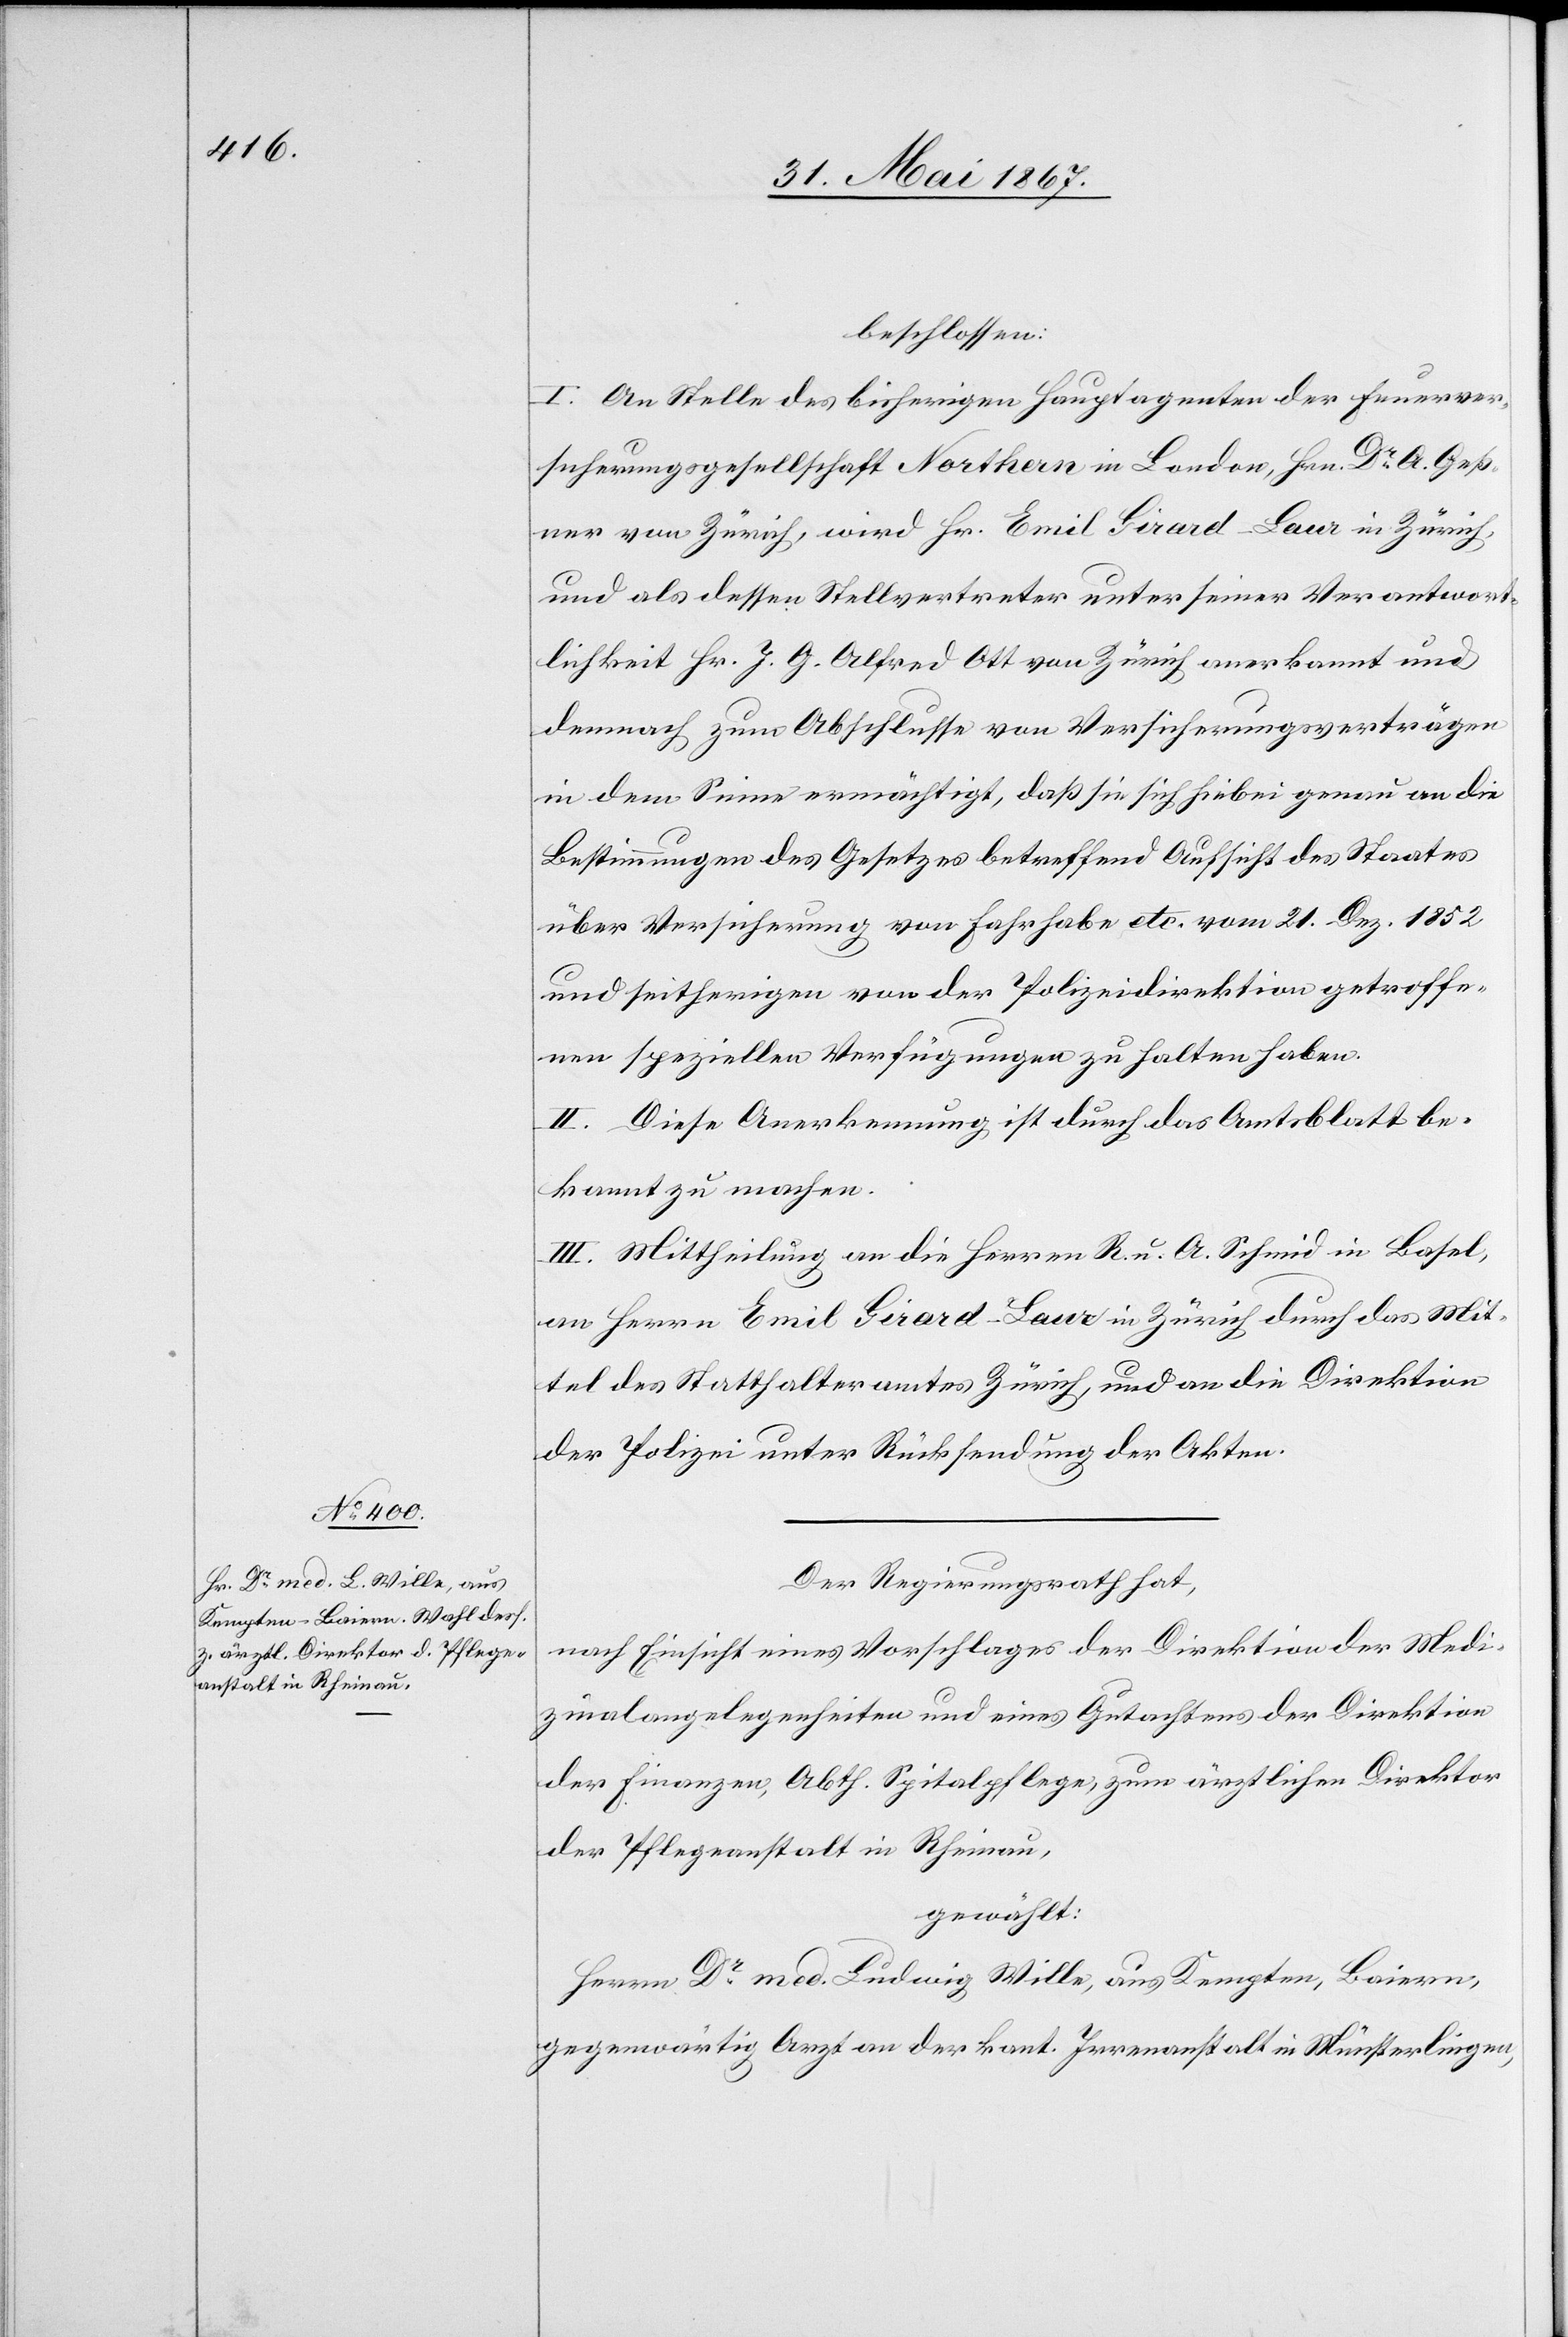
beschlossen:
I. An Stelle des bisherigen Hauptagenten der Feuerver¬
sicherungsgesellschaft Northern in London, Hrn. Dr. A. Geß¬
ner von Zürich, wird Hr. Emil Girard-Baur in Zürich,
und als dessen Stellvertreter unter seiner Verantwort¬
lichkeit Hr. J. G. Alfred Ott von Zürich anerkannt und
demnach zum Abschlusse von Versicherungsverträgen
in dem Sinne ermächtigt, daß sie sich hiebei genau an die
Bestimmungen des Gesetzes betreffend Aufsicht des Staates
über Versicherung von Fahrhabe etc. vom 21. Dez. 1852
II. Diese Anerkennung ist durch das Amtsblatt be¬
kannt zu machen.
III. Mittheilung an die Herren R. u. A. Schmid in Basel,
an Herren Emil Girard-Baur in Zürich durch das Mit¬
tel des Statthalteramtes Zürich, und an die Direktion
der Polizei unter Rückstellung der Akten.
Der Regierungsrath hat,
nach Einsicht eines Vorschlages der Direktion der Medi¬
zinalangelegenheiten und eines Gutachtens der Direktion
der Finanzen, Abth. Spitalpflege, zum ärztlichen Direktor
der Pflegeanstalt in Rheinau,
gewählt:
Herrn Dr. med. Ludwig Wille, aus Kempten, Baiern,
gegenwärtig Arzt an der kant. Irrenanstalt in Münsterlingen,